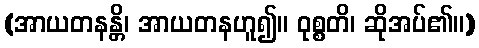
(အာယတနန္တိ၊ အာယတနဟူ၍။ ဝုစ္စတိ၊ ဆိုအပ်၏။)